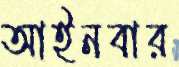
আইনবার